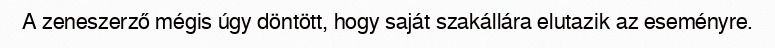
A zeneszerző mégis úgy döntött, hogy saját szakállára elutazik az eseményre.